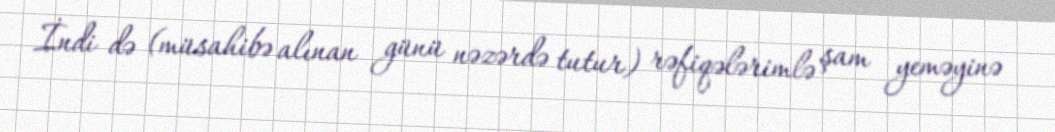
İndi də (müsahibə alınan günü nəzərdə tutur) rəfiqələrimlə şam yeməyinə